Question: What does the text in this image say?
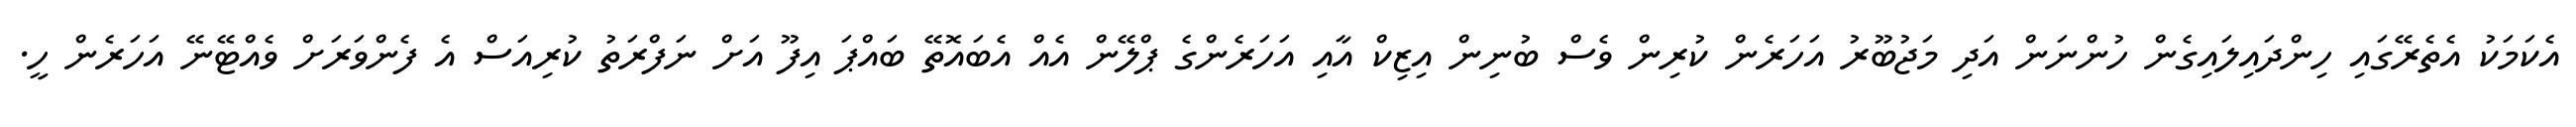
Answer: އެކަމަކު އެތެރޭގައި ހިންދައިލައިގެން ހުންނަން އަދި މަޖުބޫރު އަހަރެން ކުރިން ވެސް ބުނިން އިޒިކް އާއި އަހަރެންގެ ޕްލޭން އެއް އެބައޮތޭ ބައްޕަ އިފޫ އަށް ނަފްރަތު ކުރިއަސް އެ ފެންވަރަށް ވެއްޓޭނޭ އަހަރެން ހީ.